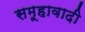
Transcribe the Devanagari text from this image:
समूहावादी